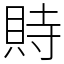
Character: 䝰